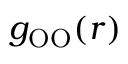
g _ { \mathrm { { O O } } } ( r )